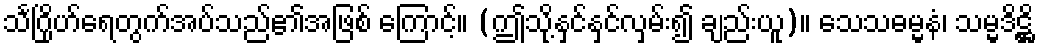
သင်္ဂြိုဟ်ရေတွက်အပ်သည်၏အဖြစ် ကြောင့်။ (ဤသို့နှင်နှင်လှမ်း၍ ချည်းယူ)။ သေသဓမ္မနံ၊ သမ္မဒိဋ္ဌိ